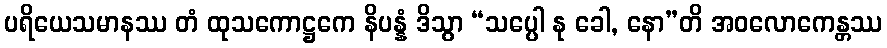
ပရိယေသမာနဿ တံ ထုသကောဋ္ဌကေ နိပန္နံ ဒိသွာ “သပ္ပေါ နု ခေါ, နော”တိ အဝလောကေန္တဿ